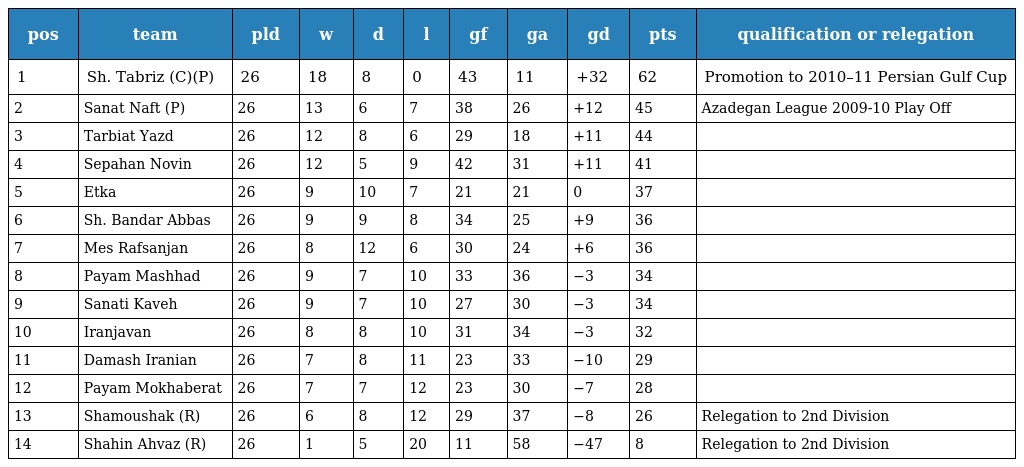
| pos | team | pld | w | d | l | gf | ga | gd | pts | qualification or relegation |
 | --- | --- | --- | --- | --- | --- | --- | --- | --- | --- | --- |
 | 1 | Sh. Tabriz (C)(P) | 26 | 18 | 8 | 0 | 43 | 11 | +32 | 62 | Promotion to 2010–11 Persian Gulf Cup |
 | 2 | Sanat Naft (P) | 26 | 13 | 6 | 7 | 38 | 26 | +12 | 45 | Azadegan League 2009-10 Play Off |
 | 3 | Tarbiat Yazd | 26 | 12 | 8 | 6 | 29 | 18 | +11 | 44 |  |
 | 4 | Sepahan Novin | 26 | 12 | 5 | 9 | 42 | 31 | +11 | 41 |  |
 | 5 | Etka | 26 | 9 | 10 | 7 | 21 | 21 | 0 | 37 |  |
 | 6 | Sh. Bandar Abbas | 26 | 9 | 9 | 8 | 34 | 25 | +9 | 36 |  |
 | 7 | Mes Rafsanjan | 26 | 8 | 12 | 6 | 30 | 24 | +6 | 36 |  |
 | 8 | Payam Mashhad | 26 | 9 | 7 | 10 | 33 | 36 | −3 | 34 |  |
 | 9 | Sanati Kaveh | 26 | 9 | 7 | 10 | 27 | 30 | −3 | 34 |  |
 | 10 | Iranjavan | 26 | 8 | 8 | 10 | 31 | 34 | −3 | 32 |  |
 | 11 | Damash Iranian | 26 | 7 | 8 | 11 | 23 | 33 | −10 | 29 |  |
 | 12 | Payam Mokhaberat | 26 | 7 | 7 | 12 | 23 | 30 | −7 | 28 |  |
 | 13 | Shamoushak (R) | 26 | 6 | 8 | 12 | 29 | 37 | −8 | 26 | Relegation to 2nd Division |
 | 14 | Shahin Ahvaz (R) | 26 | 1 | 5 | 20 | 11 | 58 | −47 | 8 | Relegation to 2nd Division |